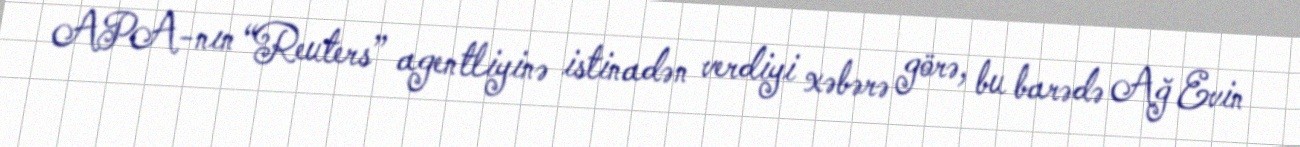
APA-nın “Reuters” agentliyinə istinadən verdiyi xəbərə görə, bu barədə Ağ Evin